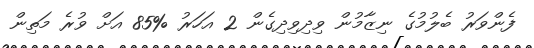
ފެންވަރު ބެލުމުގެ ނިޒާމުން ވިދިވިދިގެން 2 އަހަރު %85 އަށް ވުރެ މަތިން